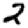
Digit: 2